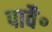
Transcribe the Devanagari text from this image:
पावै॰